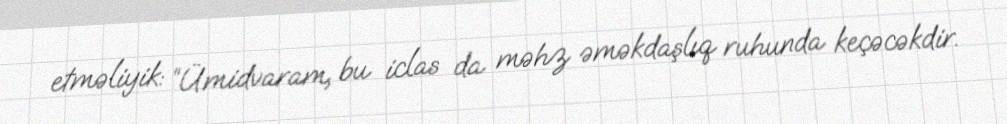
etməliyik: “Ümidvaram, bu iclas da məhz əməkdaşlıq ruhunda keçəcəkdir.